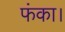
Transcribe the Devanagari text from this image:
फंका।